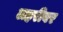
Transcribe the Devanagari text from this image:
लहरीवर